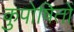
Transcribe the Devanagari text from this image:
कुपोषितों